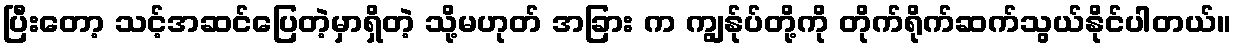
ပြီးတော့ သင့်အဆင်ပြေတဲ့မှာရှိတဲ့ သို့မဟုတ် အခြား က ကျွန်ုပ်တို့ကို တိုက်ရိုက်ဆက်သွယ်နိုင်ပါတယ်။